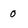
Character: 0